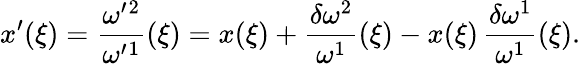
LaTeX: x^{\prime}(\xi)=\frac{\omega^{\prime}{}^{2}}{\omega^{\prime}{}^{1}}(\xi)=x(\xi)+\frac{\delta\omega^{2}}{\omega^{1}}(\xi)-x(\xi)\, \frac{\delta\omega^{1}}{\omega^{1}}(\xi).